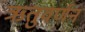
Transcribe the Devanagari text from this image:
ऋतुवर्णन